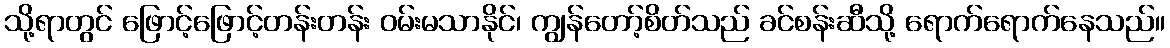
သို့ရာတွင် ဖြောင့်ဖြောင့်တန်းတန်း ဝမ်းမသာနိုင်၊ ကျွန်တော့်စိတ်သည် ခင်စန်းဆီသို့ ရောက်ရောက်နေသည်။